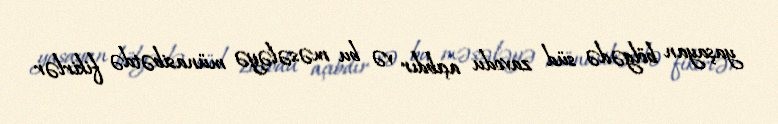
yaşayan bölgədə süd zavodu açıbdır və bu məsələyə münasibətdə fikirlər